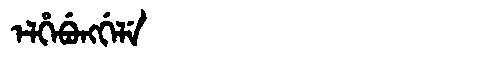
Manchu: ᡝᠯᡥᡝᠪᡠᠩᡤᡝᠯᡝ
Romanization: ELHEBUNGGELE